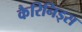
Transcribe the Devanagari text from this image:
कैरिनिड्स